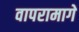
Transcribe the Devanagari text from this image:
वापरामागे